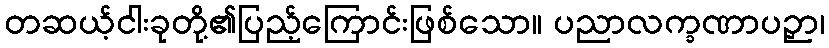
တဆယ့်ငါးခုတို့၏ပြည့်ကြောင်းဖြစ်သော။ ပညာလက္ခဏာပဉှာ၊